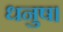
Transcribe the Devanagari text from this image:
धनुष।